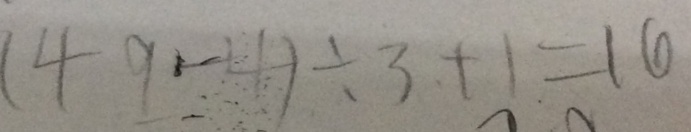
( 4 9 - 4 ) \div 3 + 1 = 1 6